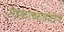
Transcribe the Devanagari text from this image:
मंडळाच्यावतीने